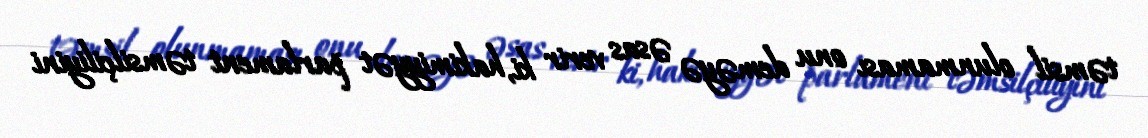
təmsil olunmaması onu deməyə əsas verir ki, hakimiyyət parlament təmsilçiliyini